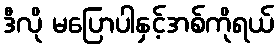
ဒီလို မပြောပါနှင့်အစ်ကိုရယ်